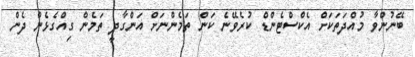
ބޭނުންވާ މުއްދަތަކަށް އެކްސްޓެންޑް ކުރެވޭނެ ކަން ތަމެންނަށް އަންގާދީ ތަމެން ގިއްގެޅެން ދެން